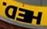
HED